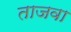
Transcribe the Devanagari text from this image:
ताजवा